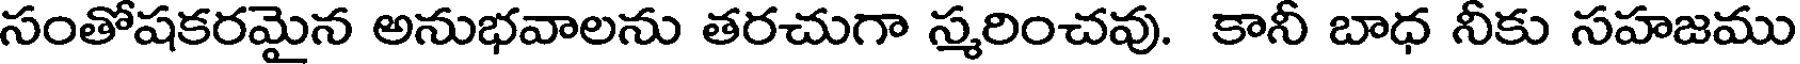
సంతోషకరమైన అనుభవాలను తరచుగా స్మరించవు. కానీ బాధ నీకు సహజము